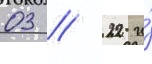
03 // 22 и́